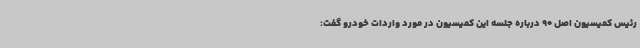
رئیس کمیسیون اصل 90 درباره جلسه این کمیسیون در مورد واردات خودرو گفت: